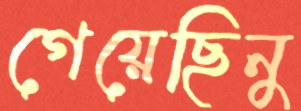
গেয়েছিনু